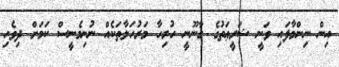
އިން ނިންމާފައި ވަނީ ޝަރީޢަތުގެ ގާނޫނީ ހުރިހާ މަރުހަލާތަކެއް ނުނިމެނީސް ކަމަށް ދިވެހި